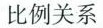
比例关系